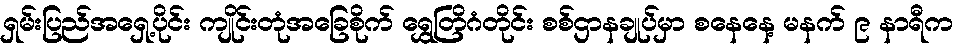
ရှမ်းပြည်အရှေ့ပိုင်း ကျိုင်းတုံအခြေစိုက် ရွှေတြိဂံတိုင်း စစ်ဌာနချုပ်မှာ စနေနေ့ မနက် ၉ နာရီက